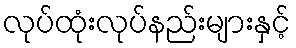
လုပ်ထုံးလုပ်နည်းများနှင့်